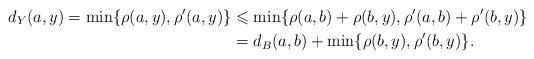
LaTeX: \begin{align*}d_Y(a,y)=\min\{\rho(a,y),\rho'(a,y)\}&\leqslant\min\{\rho(a,b)+\rho(b,y),\rho'(a,b)+\rho'(b,y)\}\\&= d_B(a,b)+\min\{\rho(b,y),\rho'(b,y)\}.\end{align*}